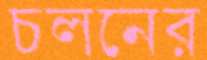
চলনের